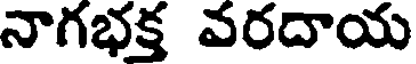
నాగభక్త వరదాయ